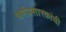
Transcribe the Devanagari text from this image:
धर्मप्रसारकांची